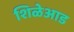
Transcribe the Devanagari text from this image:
शिळेआड